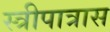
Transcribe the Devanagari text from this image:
स्त्रीपात्रास